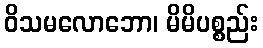
ဝိသမလောဘော၊ မိမိပစ္စည်း